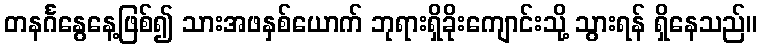
တနင်္ဂနွေနေ့ဖြစ်၍ သားအဖနှစ်ယောက် ဘုရားရှိခိုးကျောင်းသို့ သွားရန် ရှိနေသည်။